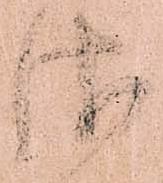
御